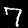
Digit: 7